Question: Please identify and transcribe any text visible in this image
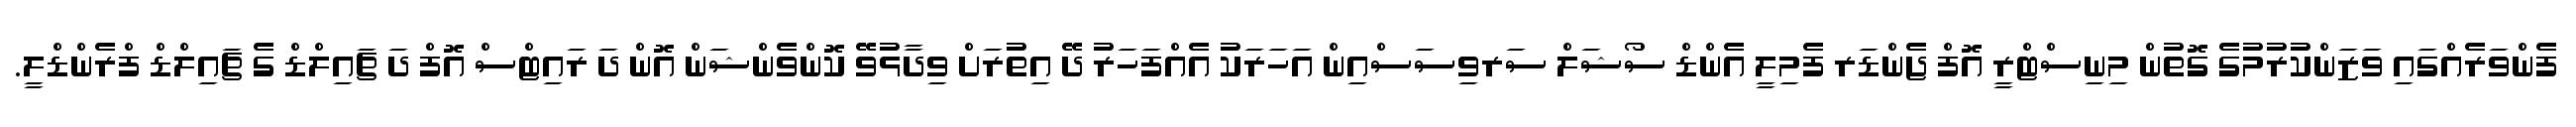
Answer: ފެންވަރެއްގައި ވަޒަންކުރުމުގެ ގޮތުން މިނިސްޓްރީ އޮފް ޖެންޑަރ ފެމިލީ އެންޑް ސޯޝަލް ސަރވިސަސްއިން އަހަރަކު އެއްފަހަރު ދޭ އިތުރަށް ވިދާޅުވޭ ކޮންވެންޝަން އޮން ދަ ރައިޓްސް އޮފް ދަ ޗައިލްޑް ގެ ޗައިލްޑް ފްރެންޑްލީ.